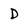
Character: D